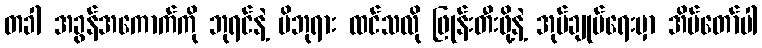
တခါ အခွန်အကောက်ကို ဘုရင်နဲ့ မိဘုရား ထင်သလို ဖြုန်းတီးဖို့နဲ့ အုပ်ချုပ်ရေးမှာ အိမ်တော်ပါ